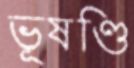
ভূষণ্ডি